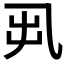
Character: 𠃨